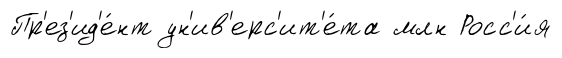
Пр'ез'ид'е́нт ун'ив'ерс'ит'е́та млн Росс'и́я